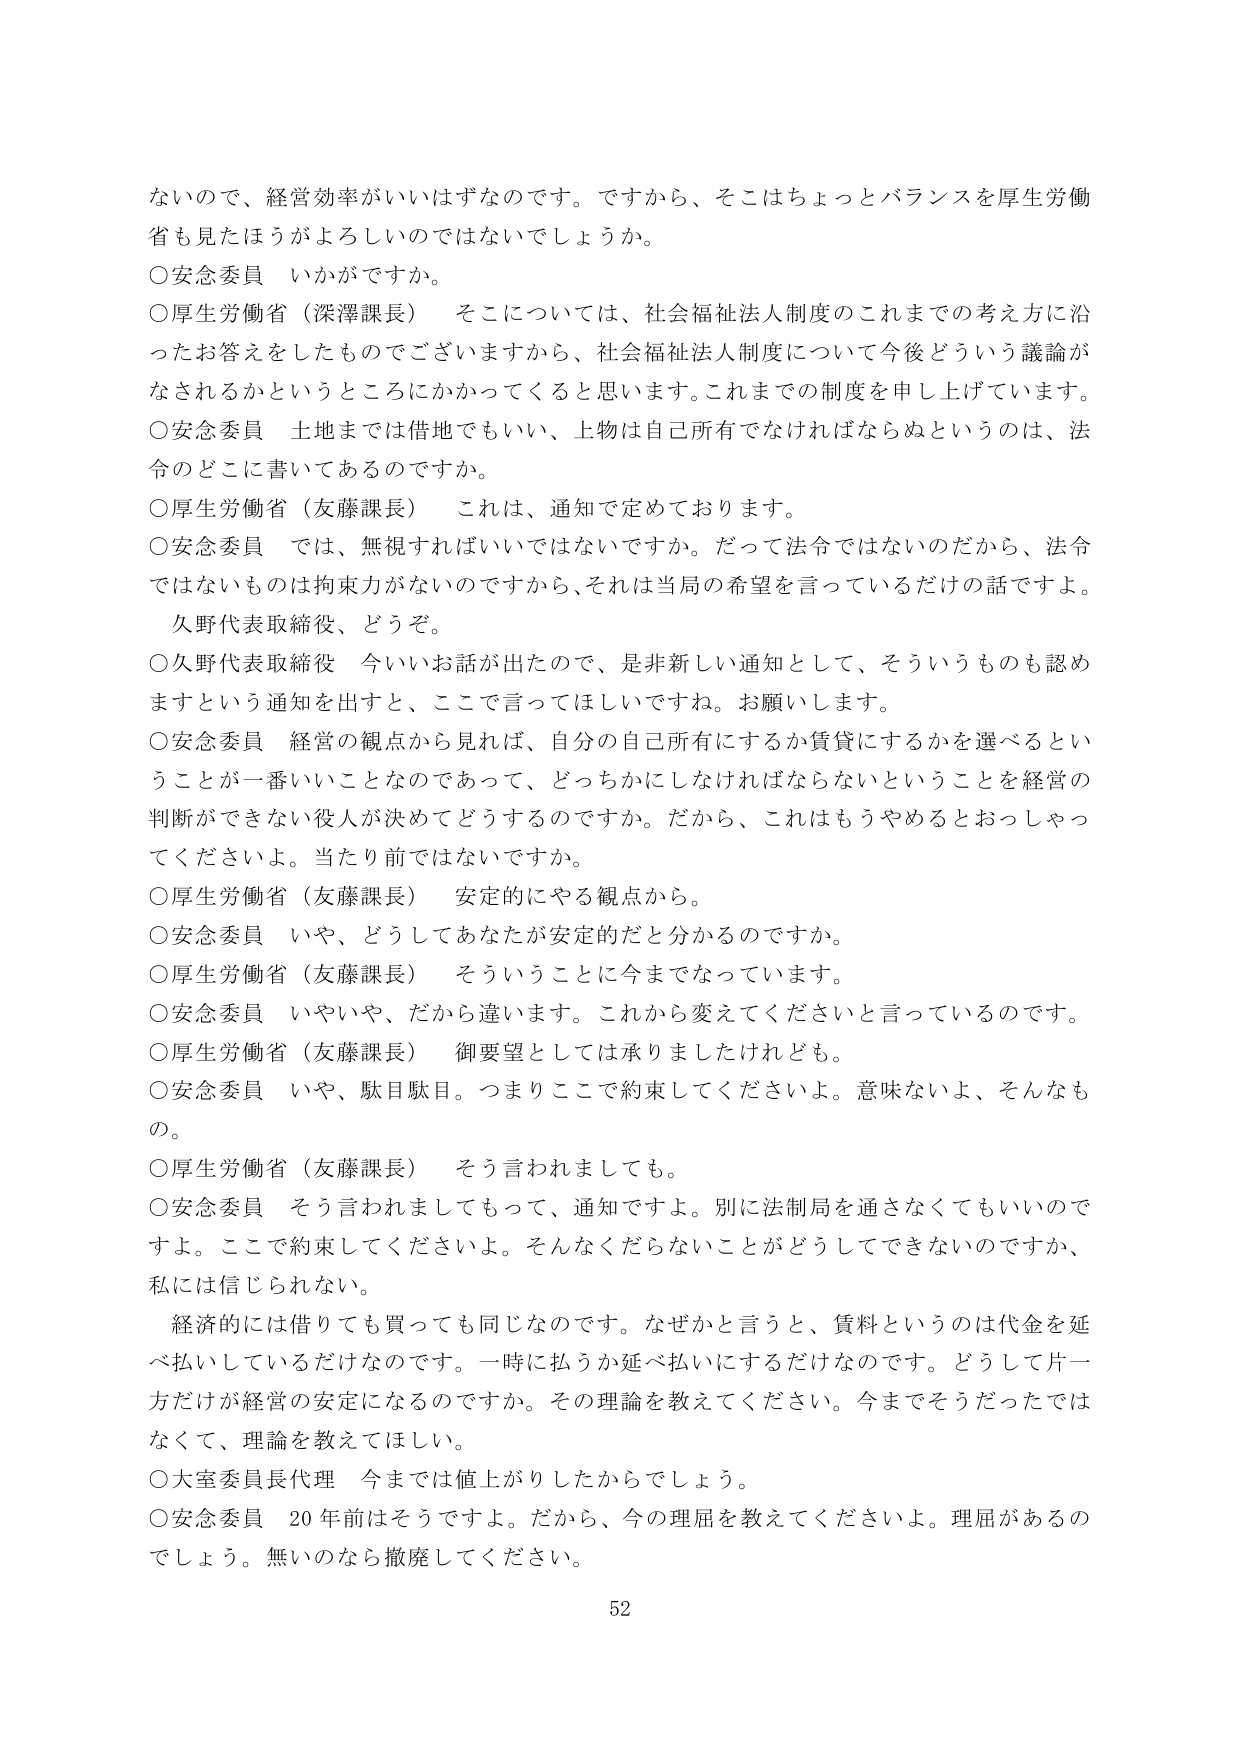
ないので、経営効率がいいはずなのです。ですから、そこはちょっとバランスを厚生労働省も見たほうがよろしいのではないでしょうか。

○安念委員　いかがですか。

○厚生労働省（深澤課長）　そこについては、社会福祉法人制度のこれまでの考え方によったお答えをしたものでございますから、社会福祉法人制度について今後どういう議論がなされるかというところにかかってくると思います。これまでの制度を申し上げています。

○安念委員　土地までは借地でもいい、上物は自己所有でなければならぬというのは、法令のどこに書いてあるのですか。

○厚生労働省（友藤課長）　これは、通知で定めております。

○安念委員　では、無視すればいいではないですか。だって法令ではないのだから、法令ではないものは拘束力がないのですから、それは当局の希望を言っているだけの話ですよ。

久野代表取締役、どうぞ。

○久野代表取締役　今いいお話が出たので、是非新しい通知として、そういうものも認めますという通知を出すと、ここで言ってほしいですね。お願いします。

○安念委員　経営の観点から見れば、自分の自己所有にするか賃貸にするかを選べるということが一番いいことなのであって、どっちかにしなければならないということを経営の判断ができない役人が決めてどうするのですか。だから、これはもうやめるとおっしゃってくださいよ。当たり前ではないですか。

○厚生労働省（友藤課長）　安定的にやる観点から。

○安念委員　いや、どうしてあなたが安定だと分かるのですか。

○厚生労働省（友藤課長）　そういうことに今までなっています。

○安念委員　いやいや、だから違います。これから変えてくださいと言っているのです。

○厚生労働省（友藤課長）　御要望としては承りましたけれども。

○安念委員　いや、駄目駄目。つまりここで約束してくださいよ。意味ないよ、そんなもの。

○厚生労働省（友藤課長）　そう言われましても。

○安念委員　そう言われましてもって、通知ですよ。別に法制局を通さなくてもいいのですよ。ここで約束してくださいよ。そんなくだらないことがどうしてできないのですか、私には信じられない。

経済的には借りても買っても同じなのです。なぜかと言うと、賃料というのは代金を延べ払いしているだけなのです。一時に払うか延べ払いにするだけなのです。どうして片一方だけが経営の安定になるのですか。その理論を教えてください。今までそうだったではなくて、理論を教えてほしい。

○大室委員長代理　今までは値上がりしたからでしょう。

○安念委員　20年前はそうですよ。だから、今の理屈を教えてくださいよ。理屈があるのでしょう。無いのなら撤廃してください。

52